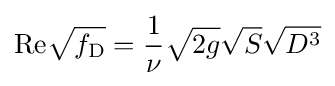
\mathrm {Re} {\sqrt {f_{\mathrm {D} }}}={\frac {1}{\nu }}{\sqrt {2g}}{\sqrt {S}}{\sqrt {D^{3}}}